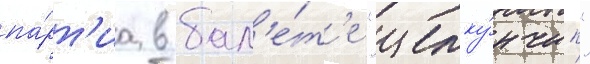
па́рт'иа в бал'е́т'е "щелку́нчик"